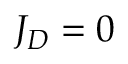
J _ { D } = 0